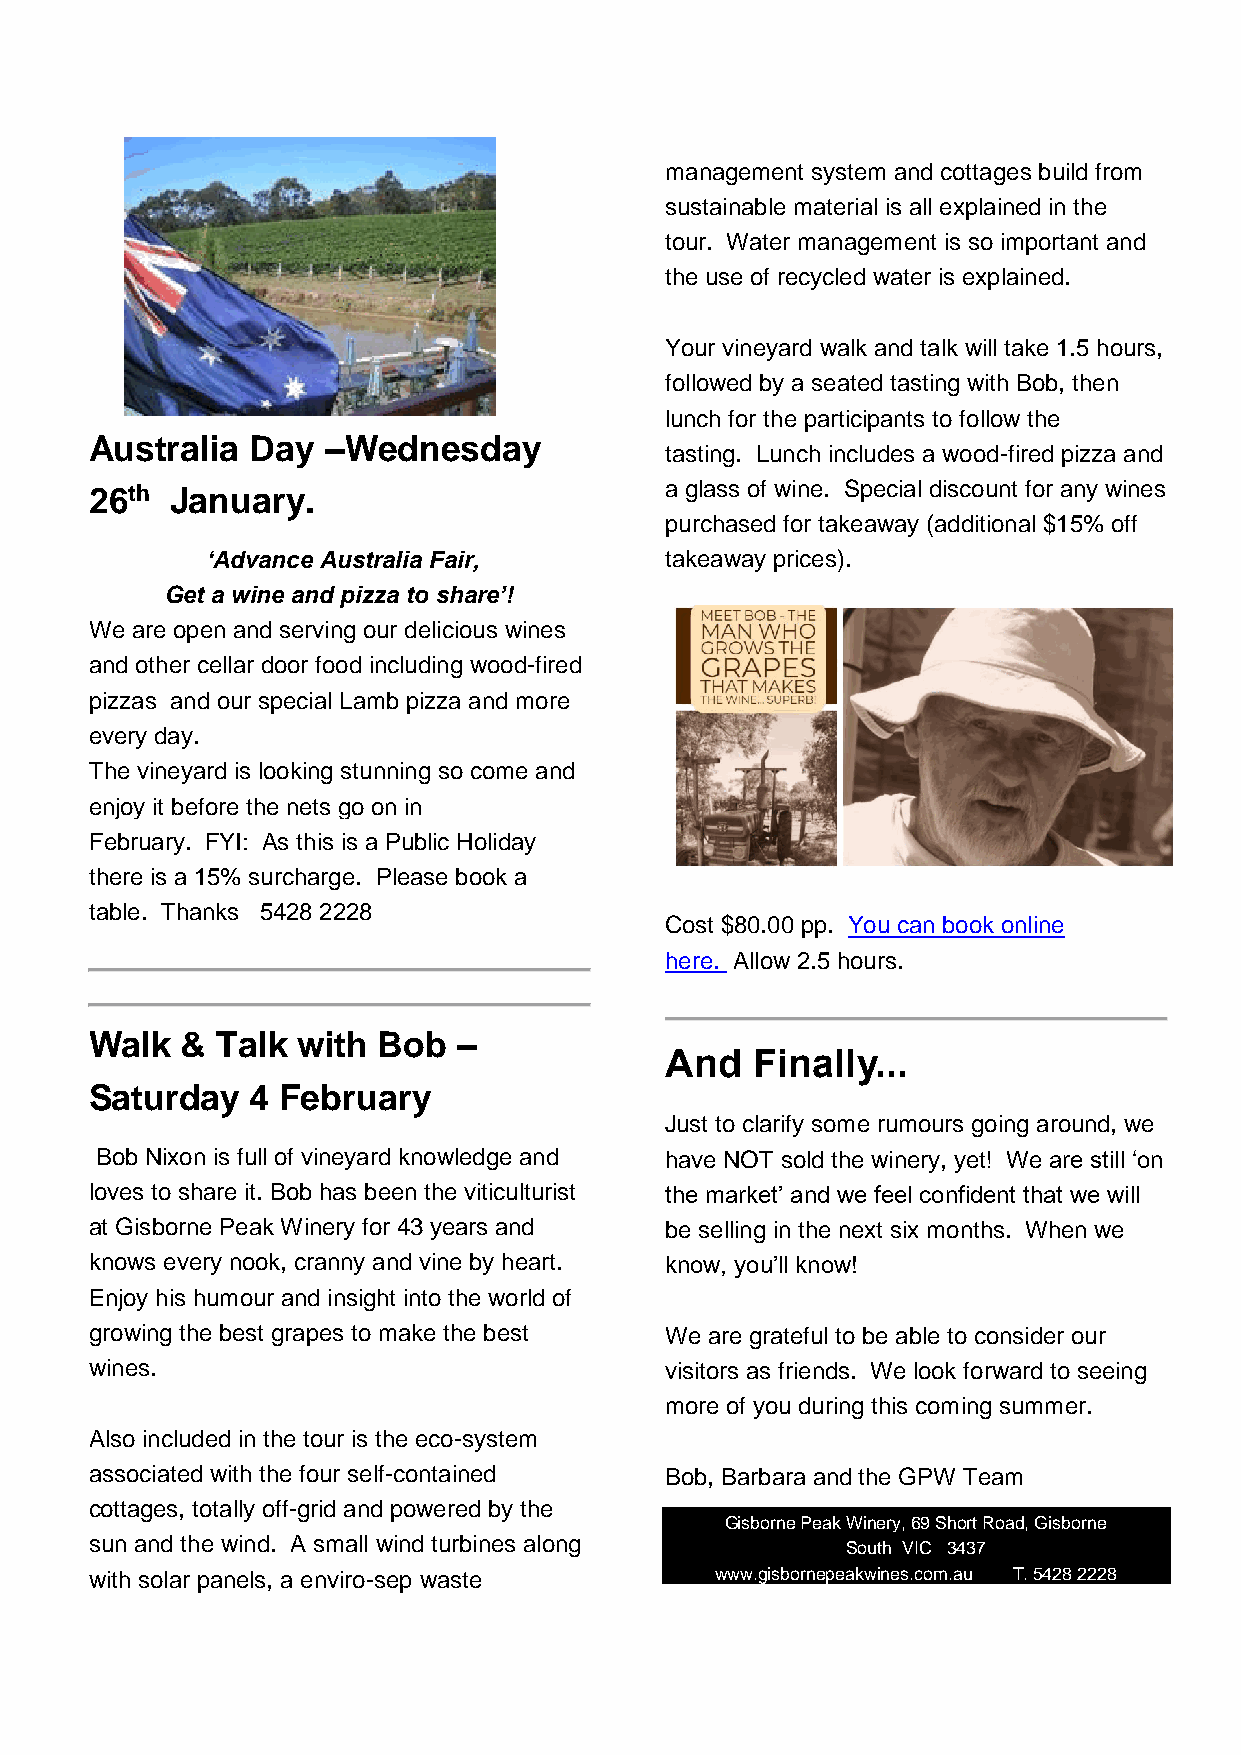
management system and cottages build from
 sustainable material is all explained in the
 tour. Water management is so important and
 the use of recycled water is explained.
 Your vineyard walk and talk will take 1.5 hours,
 followed by a seated tasting with Bob, then
 lunch for the participants to follow the
 Australia  Day  –Wednesday
 tasting. Lunch includes a wood-fired pizza and
 26th January.                         a glass of wine. Special discount for any wines
 purchased for takeaway (additional $15% off
 ‘Advance Australia Fair,      takeaway prices).
 Get a wine and pizza to share’!
 We are open and serving our delicious wines
 and other cellar door food including wood-fired
 pizzas and our special Lamb pizza and more
 every day.
 The vineyard is looking stunning so come and
 enjoy it before the nets go on in
 February. FYI: As this is a Public Holiday
 there is a 15% surcharge. Please book a
 table. Thanks 5428 2228
 Cost $80.00 pp. You can book online
 here. Allow 2.5 hours.
 Walk  & Talk  with Bob  –
 And   Finally...
 Saturday   4 February
 Just to clarify some rumours going around, we
 Bob Nixon is full of vineyard knowledge and have NOT sold the winery, yet! We are still ‘on
 loves to share it. Bob has been the viticulturist the market’ and we feel confident that we will
 at Gisborne Peak Winery for 43 years and be selling in the next six months. When we
 knows every nook, cranny and vine by heart. know, you’ll know!
 Enjoy his humour and insight into the world of
 growing the best grapes to make the best We are grateful to be able to consider our
 wines.                                visitors as friends. We look forward to seeing
 more of you during this coming summer.
 Also included in the tour is the eco-system
 associated with the four self-contained Bob, Barbara and the GPW Team
 cottages, totally off-grid and powered by the
 Gisborne Peak Winery, 69 Short Road, Gisborne
 sun and the wind. A small wind turbines along
 South VIC 3437
 with solar panels, a enviro-sep waste    www.gisbornepeakwines.com.au T. 5428 2228